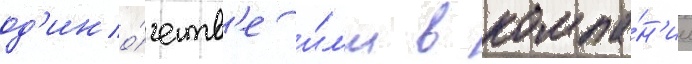
од'ино́честв'е и́л'и в компа́н'ии